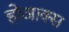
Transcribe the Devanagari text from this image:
होआक्स